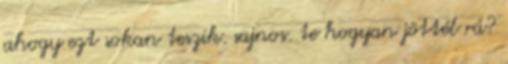
ahogy ezt sokan teszik. sajnos. te hogyan jöttél rá?